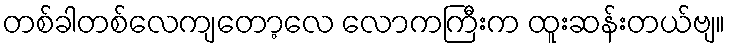
တစ်ခါတစ်လေကျတော့လေ လောကကြီးက ထူးဆန်းတယ်ဗျ။